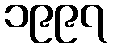
၁၉၉၇